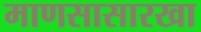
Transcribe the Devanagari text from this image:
माणसासारखा